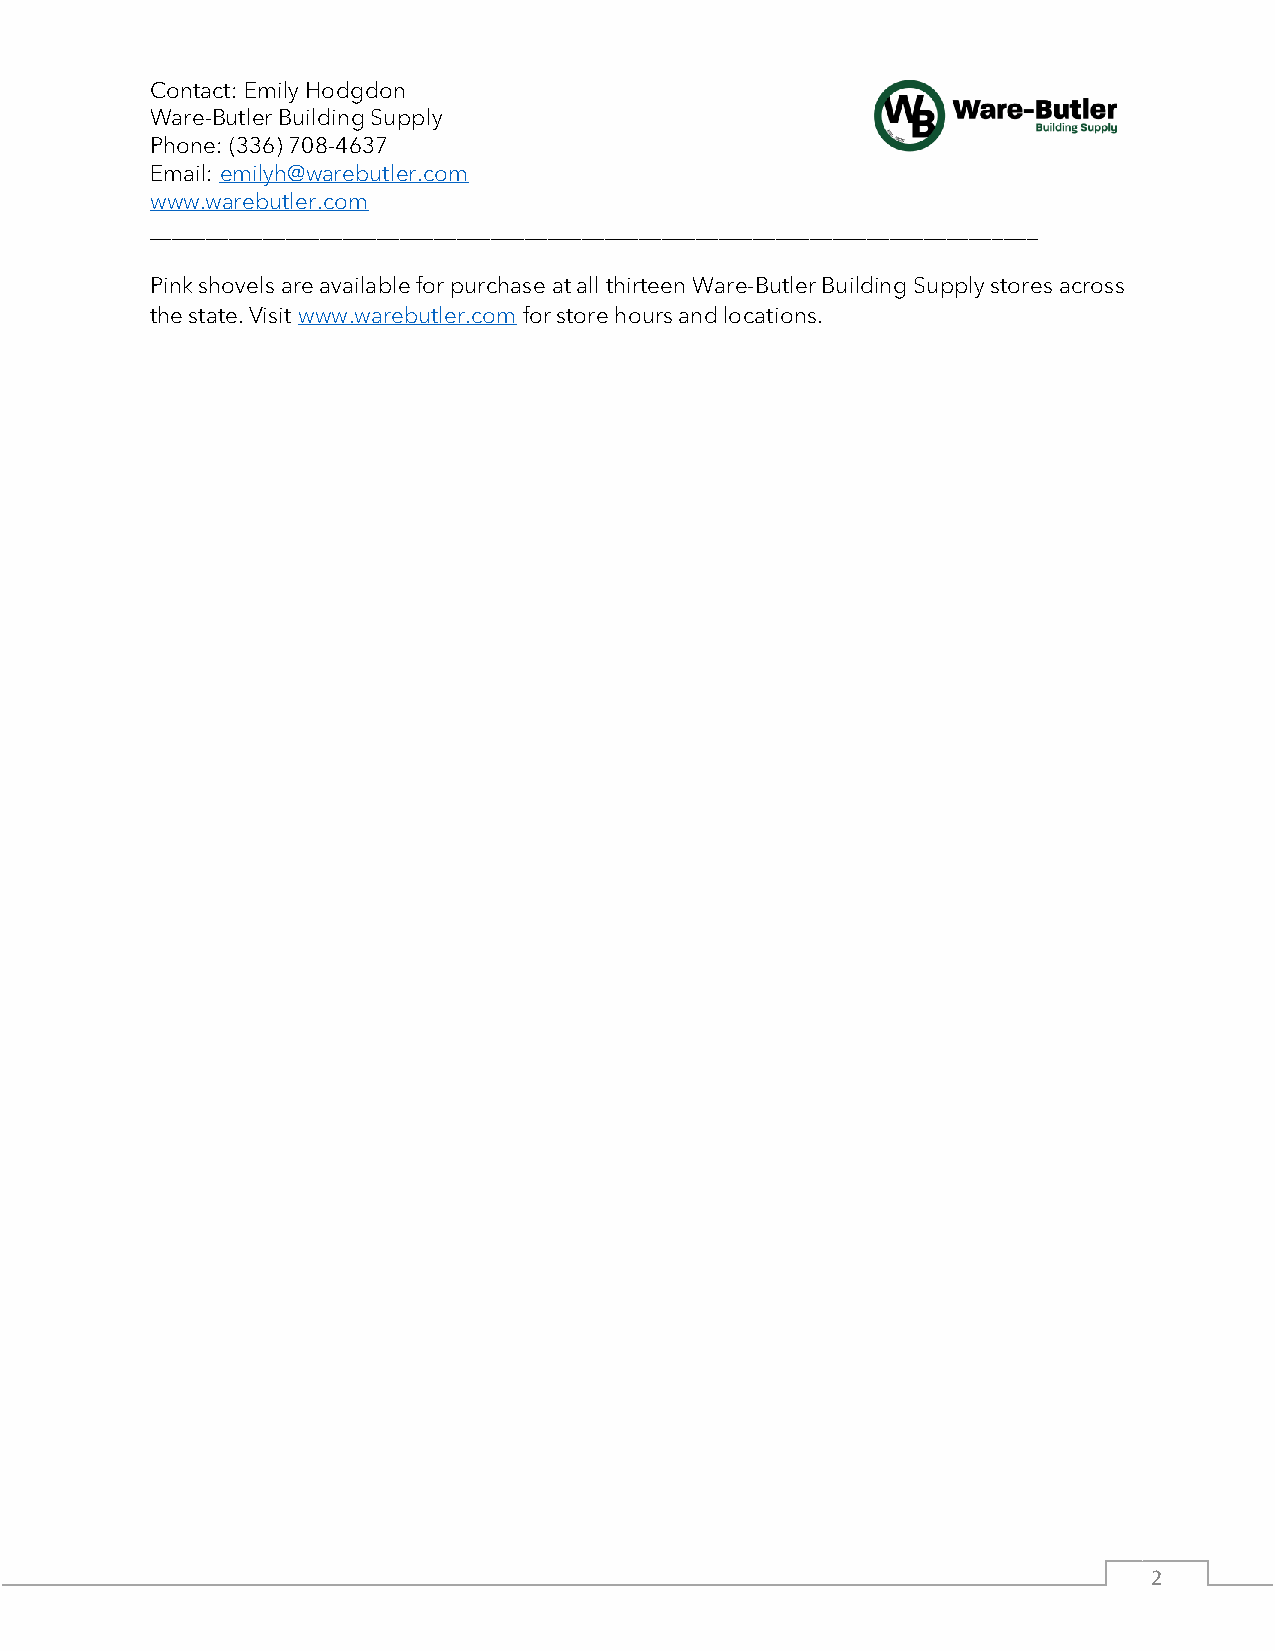
Contact: Emily Hodgdon
 Ware-Butler Building Supply
 Phone: (336) 708-4637
 Email: emilyh@warebutler.com
 www.warebutler.com
 ______________________________________________________________________________
 Pink shovels are available for purchase at all thirteen Ware-Butler Building Supply stores across
 the state. Visit www.warebutler.com for store hours and locations.
 2